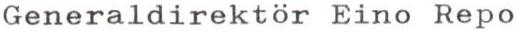
Generaldirektör Eino Repo